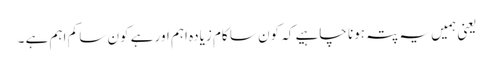
یعنی ہمیں یہ پتہ ہونا چاہیے کہ کون سا کام زیادہ اہم اور ہے کون سا کم اہم ہے ۔